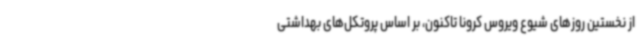
از نخستین روزهای شیوع ویروس کرونا تاکنون، بر اساس پروتکل‌های بهداشتی